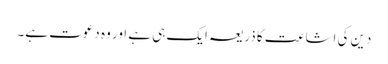
دین کی اشاعت کا ذریعہ ایک ہی ہے اور وہ دعوت ہے۔